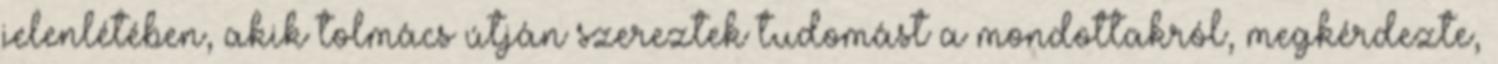
jelenlétében, akik tolmács útján szereztek tudomást a mondottakról, megkérdezte,